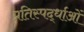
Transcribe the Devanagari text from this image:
प्रतिस्पर्द्धाओं